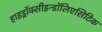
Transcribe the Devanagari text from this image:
हाइड्रॉक्सीइन्डॉलिएसिटिक